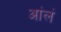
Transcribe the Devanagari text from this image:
आंलं